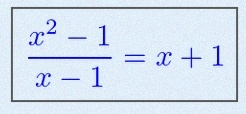
\frac{x^2-1}{x-1}=x+1